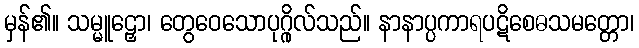
မှန်၏။ သမ္မူဠှော၊ တွေဝေသောပုဂ္ဂိုလ်သည်။ နာနာပ္ပကာရပဋိစေဓသမတ္တော၊